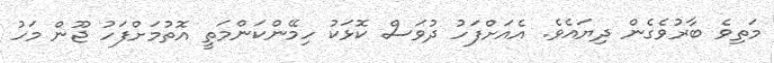
މަތިވެ ބާރުވެގެން ދިޔައެވެ. އެއަށްފަހު ދުވަސް ކޮޅަކު ހިމޭންކަންމަތީ އޮތުމަށްފަހު ޖޫން މަހު